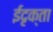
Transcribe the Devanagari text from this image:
ईदृक्ता